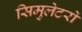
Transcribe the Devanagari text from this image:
सिमुलेटरों